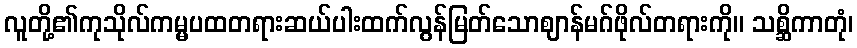
လူတို့၏ကုသိုလ်ကမ္မပထတရားဆယ်ပါးထက်လွန်မြတ်သောဈာန်မဂ်ဖိုလ်တရားကို။ သစ္ဆိကာတုံ၊